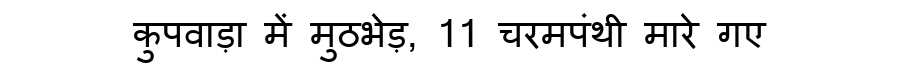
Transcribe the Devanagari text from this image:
कुपवाड़ा में मुठभेड़, 11 चरमपंथी मारे गए